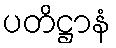
ပတိဋ္ဌာနံ